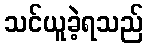
သင်ယူခဲ့ရသည်